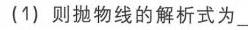
(1) 则抛物线的解析式为\_